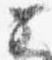
子